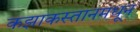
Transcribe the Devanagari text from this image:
कझाकस्तानमधून